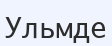
Ульмде